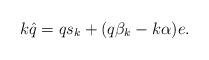
LaTeX: \begin{align*} k \hat{q}=q s_k+(q \beta_k-k \alpha) e.\end{align*}